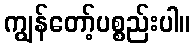
ကျွန်တော့်ပစ္စည်းပါ။